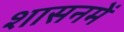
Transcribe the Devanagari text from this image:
शासनमें